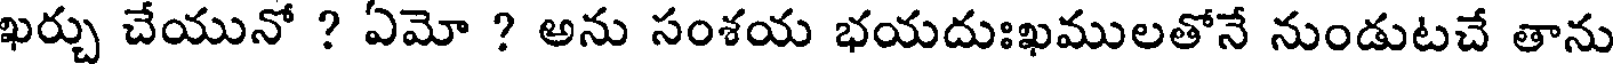
ఖర్చు చేయునో ? ఏమో ? అను సంశయ భయదుఃఖములతోనే నుండుటచే తాను